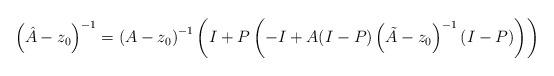
LaTeX: \begin{align*}\left( \hat{A}-z_{0} \right)^{-1}=\left( A-z_{0} \right)^{-1}\left( I+P\left( -I+A(I-P)\left( \tilde{A}-z_{0} \right)^{-1}(I-P) \right) \right)\end{align*}